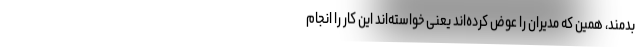
بدمند، همین که مدیران را عوض کرده‌اند یعنی خواسته‌اند این کار را انجام